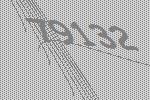
79132